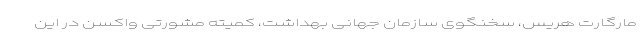
مارگارت هریس، سخنگوی سازمان جهانی بهداشت، کمیته مشورتی واکسن در این